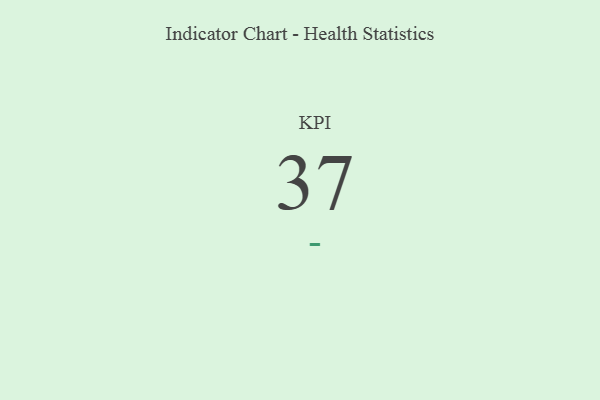
{"axis": {"x": "KPI", "y": "Value"}, "legend": [""], "data": [{"x": "KPI", "y": 37, "type": ""}]}